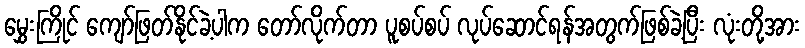
မွှေးကြိုင် ကျော်ဖြတ်နိုင်ခဲ့ပါက တော်လိုက်တာ ပူစပ်စပ် လုပ်ဆောင်ရန်အတွက်ဖြစ်ခဲ့ပြီး လုံးတို့အား